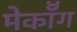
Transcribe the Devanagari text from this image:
मेकॉँग